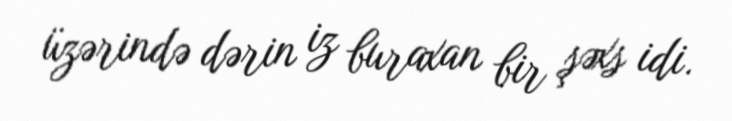
üzərində dərin iz buraxan bir şəxs idi.